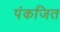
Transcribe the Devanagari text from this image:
पंकजित